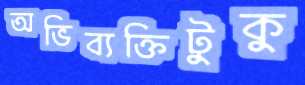
অভিব্যক্তিটুকু